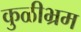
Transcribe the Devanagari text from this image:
कुळीभ्रम